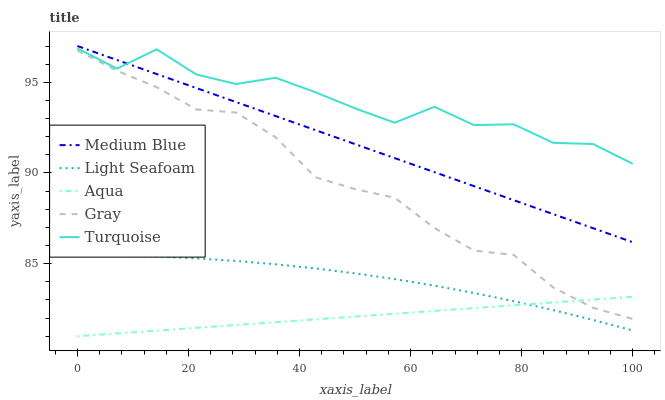
| xaxis_label | Medium Blue | Light Seafoam | Aqua | Gray | Turquoise |
 | --- | --- | --- | --- | --- | --- |
 | 0 | 97 | 85.4 | 81 | 96.8 | 96.9 |
 | 7.14 | 96.2 | 85.4 | 81.2 | 95.6 | 95.8 |
 | 14.3 | 95.5 | 85.4 | 81.3 | 94.7 | 96.8 |
 | 21.4 | 94.7 | 85.3 | 81.5 | 93.5 | 95.4 |
 | 28.6 | 93.9 | 85.2 | 81.6 | 93.3 | 94.9 |
 | 35.7 | 93.1 | 85 | 81.8 | 92 | 95.3 |
 | 42.9 | 92.4 | 84.7 | 81.9 | 89.8 | 94.5 |
 | 50 | 91.6 | 84.5 | 82.1 | 89.1 | 93.6 |
 | 57.1 | 90.8 | 84.2 | 82.2 | 88.6 | 92.8 |
 | 64.3 | 90 | 83.8 | 82.4 | 87 | 93.6 |
 | 71.4 | 89.3 | 83.4 | 82.6 | 85.7 | 92.6 |
 | 78.6 | 88.5 | 82.9 | 82.7 | 85.5 | 92.7 |
 | 85.7 | 87.7 | 82.4 | 82.9 | 83.7 | 91.7 |
 | 92.9 | 87 | 81.9 | 83 | 82.6 | 91.6 |
 | 100 | 86.2 | 81.3 | 83.2 | 82 | 90.5 |